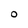
Character: O